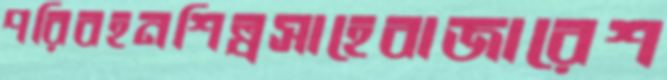
পরিবহনশিল্পসাহেবাজারেশ